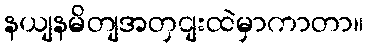
နယျနမိတျအတှငျးထဲမှာကာတာ။